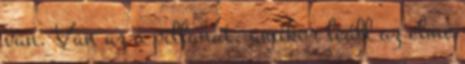
van. Van az a pillanat, amikor leáll az elme